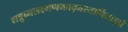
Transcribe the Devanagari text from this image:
शत्रुघ्नलक्ष्मणभवद्भरतार्चिताङ्घ्रे